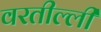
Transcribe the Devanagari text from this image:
वरतील्ली